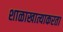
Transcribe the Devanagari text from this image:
शाळाखात्याकरता